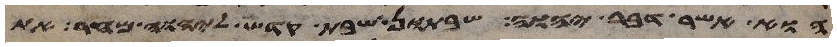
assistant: הוא אשר דבר יהוה שבתון שבת קדש ליהוה מחר את